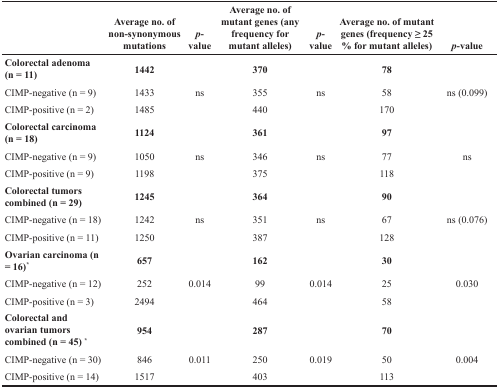
<table><thead><tr><td></td><td><b>Average no. of non-synonymous mutations</b></td><td><b><i>p</i>-value</b></td><td><b>Average no. of mutant genes (any frequency for mutant alleles)</b></td><td><b><i>p</i>-value</b></td><td><b>Average no. of mutant genes (frequency ≥ 25 % for mutant alleles)</b></td><td><b><i>p</i>-value</b></td></tr></thead><tbody><tr><td><b>Colorectal adenoma (n = 11)</b></td><td><b>1442</b></td><td></td><td><b>370</b></td><td></td><td><b>78</b></td><td></td></tr><tr><td>CIMP-negative (n = 9)</td><td>1433</td><td>ns</td><td>355</td><td>ns</td><td>58</td><td>ns (0.099)</td></tr><tr><td>CIMP-positive (n = 2)</td><td>1485</td><td></td><td>440</td><td></td><td>170</td><td></td></tr><tr><td><b>Colorectal carcinoma (n = 18)</b></td><td><b>1124</b></td><td></td><td><b>361</b></td><td></td><td><b>97</b></td><td></td></tr><tr><td>CIMP-negative (n = 9)</td><td>1050</td><td>ns</td><td>346</td><td>ns</td><td>77</td><td>ns</td></tr><tr><td>CIMP-positive (n = 9)</td><td>1198</td><td></td><td>375</td><td></td><td>118</td><td></td></tr><tr><td><b>Colorectal tumors combined (n = 29)</b></td><td><b>1245</b></td><td></td><td><b>364</b></td><td></td><td><b>90</b></td><td></td></tr><tr><td>CIMP-negative (n = 18)</td><td>1242</td><td>ns</td><td>351</td><td>ns</td><td>67</td><td>ns (0.076)</td></tr><tr><td>CIMP-positive (n = 11)</td><td>1250</td><td></td><td>387</td><td></td><td>128</td><td></td></tr><tr><td><b>Ovarian carcinoma (n = 16)<sup>*</sup></b></td><td><b>657</b></td><td></td><td><b>162</b></td><td></td><td><b>30</b></td><td></td></tr><tr><td>CIMP-negative (n = 12)</td><td>252</td><td>0.014</td><td>99</td><td>0.014</td><td>25</td><td>0.030</td></tr><tr><td>CIMP-positive (n = 3)</td><td>2494</td><td></td><td>464</td><td></td><td>58</td><td></td></tr><tr><td><b>Colorectal and ovarian tumors combined (n = 45) <sup>*</sup></b></td><td><b>954</b></td><td></td><td><b>287</b></td><td></td><td><b>70</b></td><td></td></tr><tr><td>CIMP-negative (n = 30)</td><td>846</td><td>0.011</td><td>250</td><td>0.019</td><td>50</td><td>0.004</td></tr><tr><td>CIMP-positive (n = 14)</td><td>1517</td><td></td><td>403</td><td></td><td>113</td><td></td></tr></tbody></table>